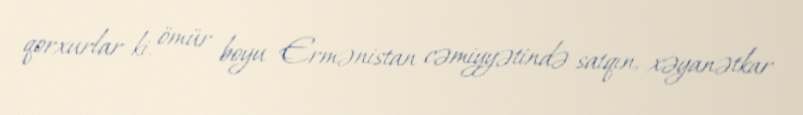
qorxurlar ki, ömür boyu Ermənistan cəmiyyətində satqın, xəyanətkar